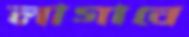
লাগাবে